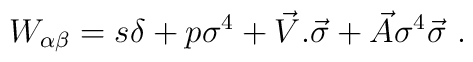
W_{\alpha \beta} = s \delta + p \sigma^{4} + {\vec{V}}.{\vec{\sigma}} +{\vec{A}}\sigma^{4} {\vec{\sigma}} \ .